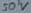
Text: 50V